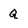
Character: Q